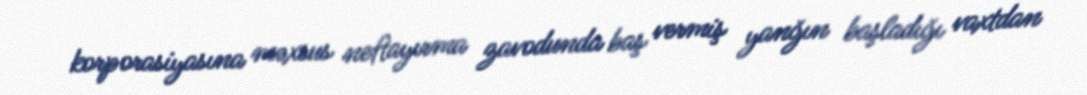
korporasiyasına məxsus neftayırma zavodunda baş vermiş yanğın başladığı vaxtdan